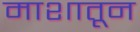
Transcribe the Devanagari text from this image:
माशातून